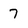
Character: 7